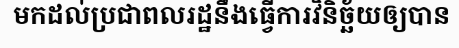
មកដល់ប្រជាពលរដ្ឋនឹងធ្វើការវិនិច្ឆ័យឲ្យបាន